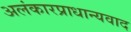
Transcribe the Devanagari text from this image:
अलंकारप्राधान्यवाद